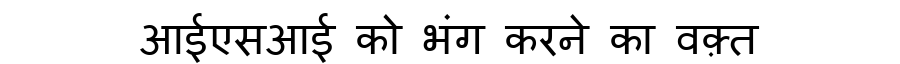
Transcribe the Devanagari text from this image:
आईएसआई को भंग करने का वक़्त